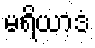
မရိယာဒံ